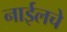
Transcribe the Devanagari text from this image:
नाईलचे